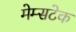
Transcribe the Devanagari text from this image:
मेम्सटेक